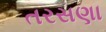
તરસણા